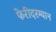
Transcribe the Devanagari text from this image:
फेरीदरम्यान